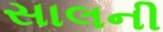
સાલની